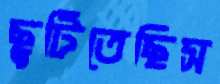
ছুটিতেছিস